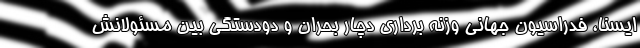
ایسنا، فدراسیون جهانی وزنه برداری دچار بحران و دودستگی بین مسئولانش